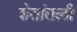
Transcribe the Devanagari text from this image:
शेतांतली